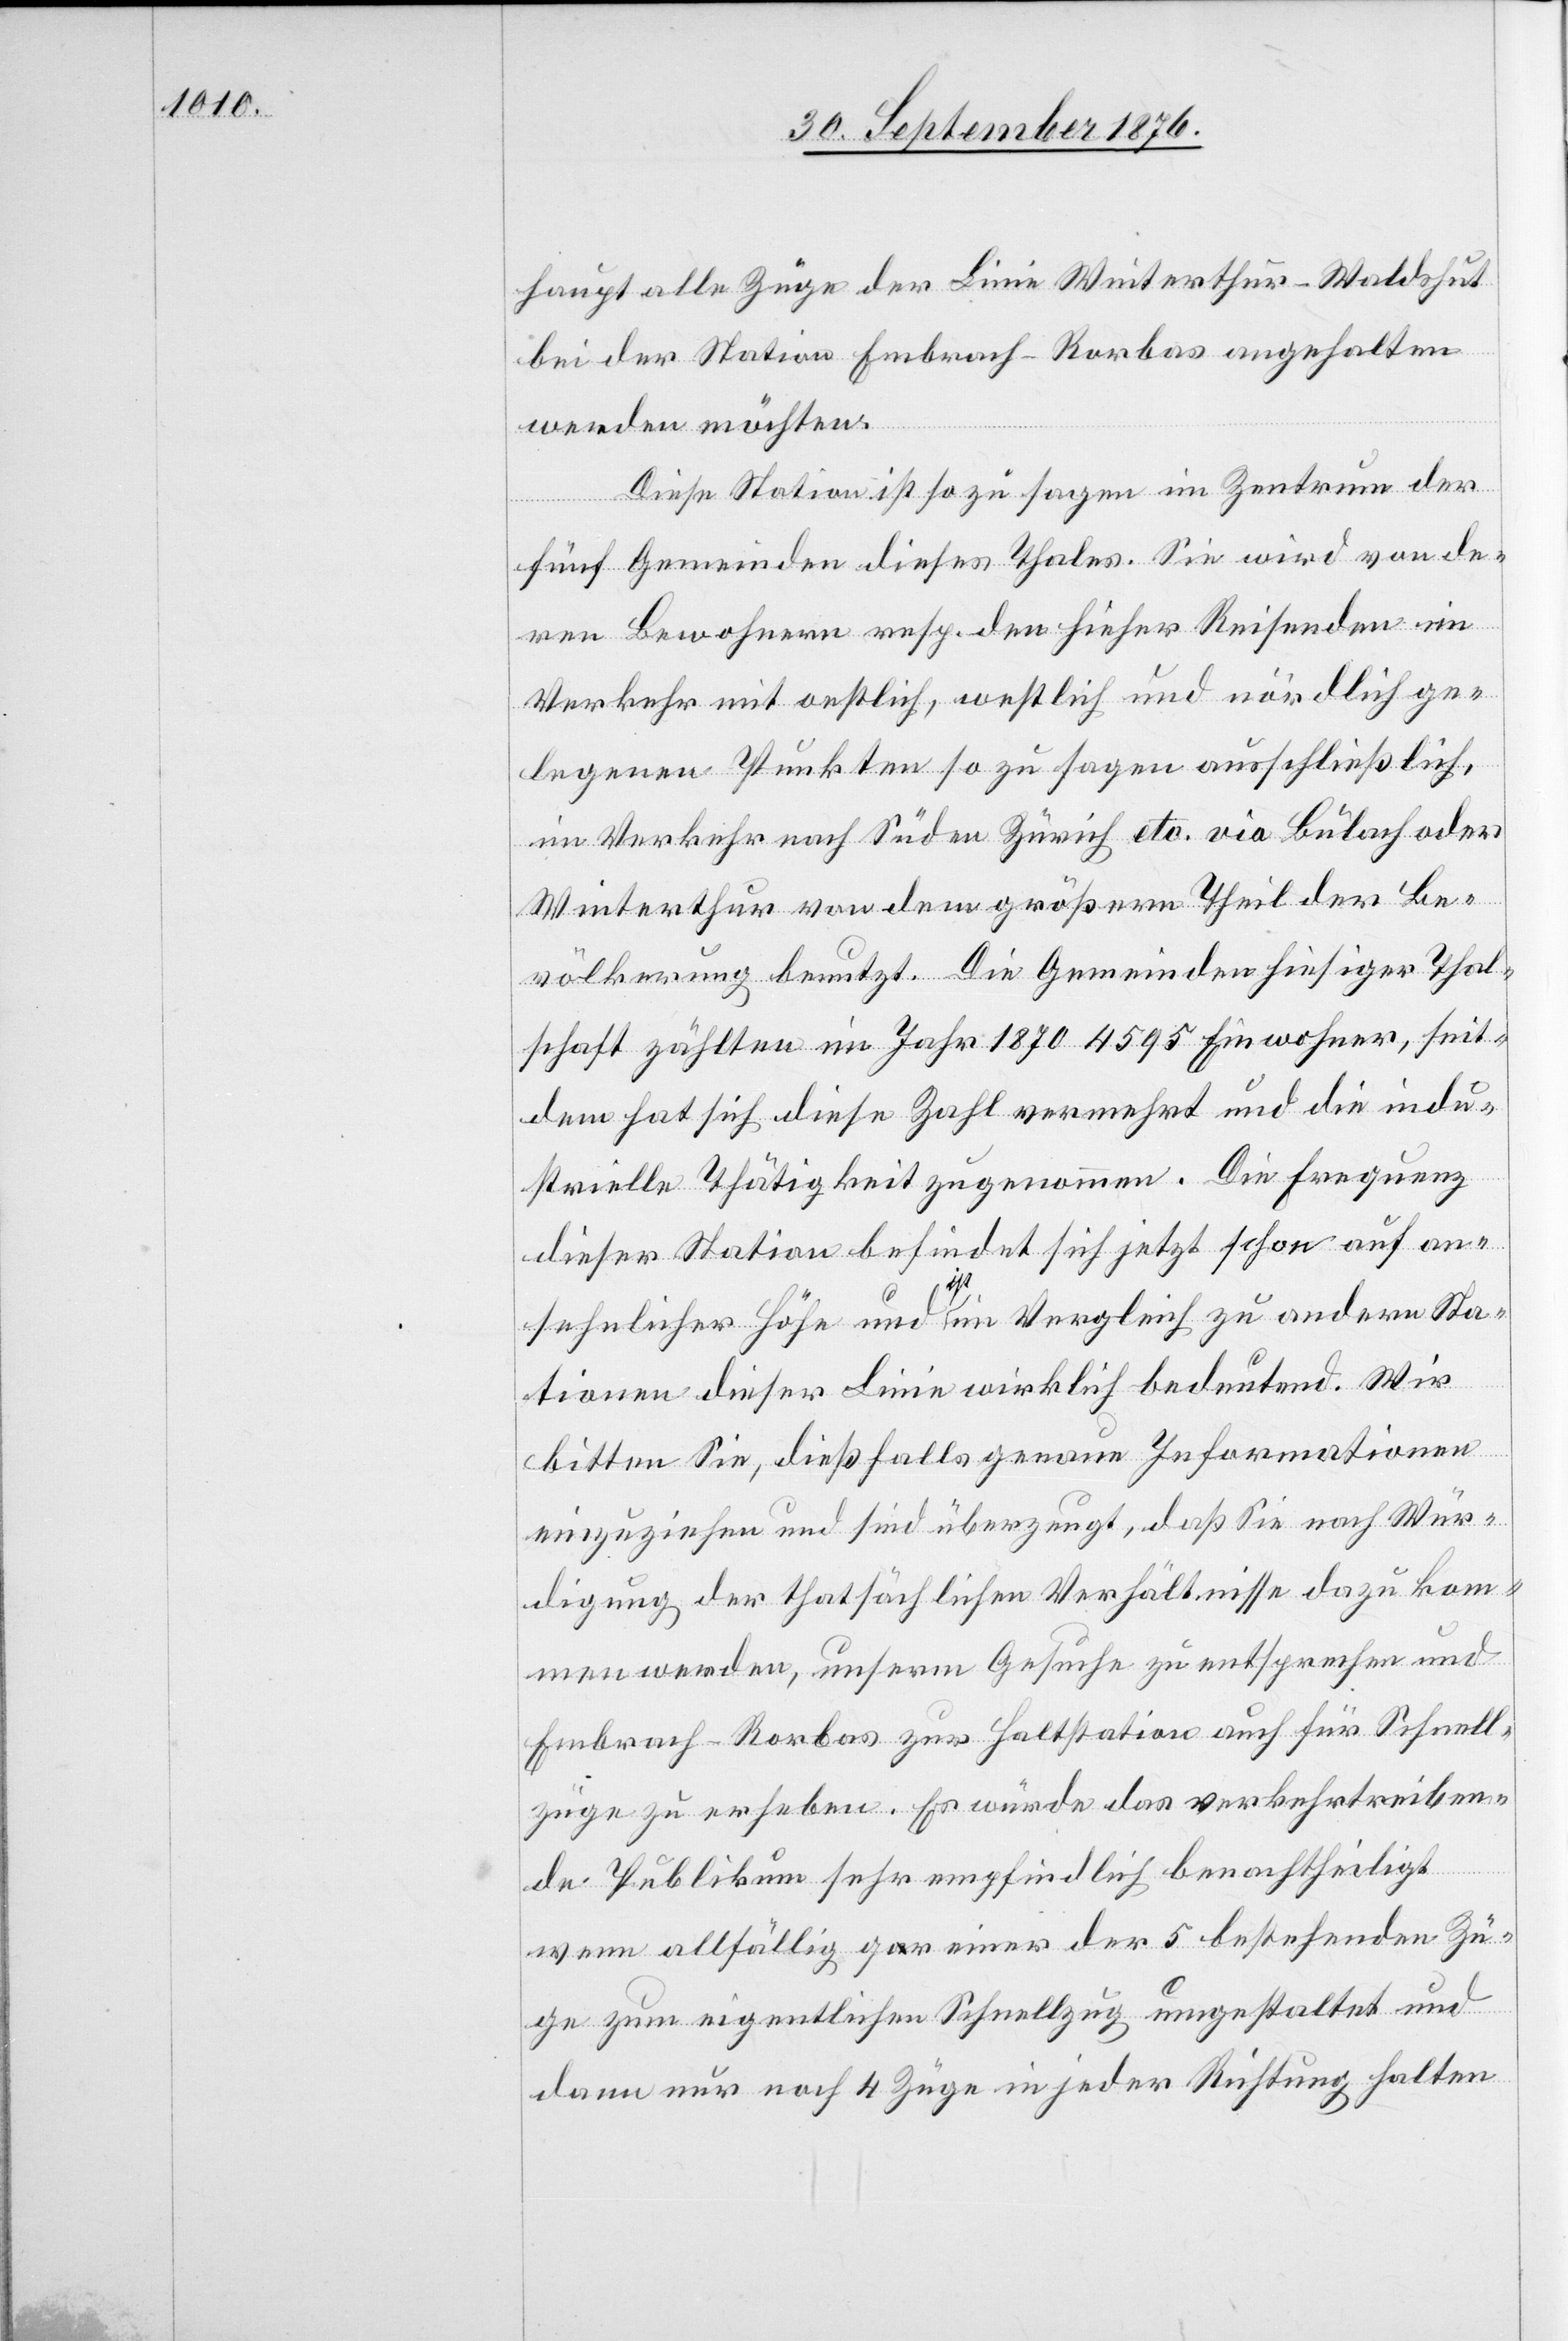
haupt alle Züge der Linie Winterthur–Waldshut
bei der Station Embrach - Rorbas angehalten
werden möchten.
Diese Station ist so zu sagen im Zentrum der
fünf Gemeinden dieses Thales. Sie wird von de¬
ren Bewohnern resp. den hieher Reisenden im
Verkehr mit oestlich, westlich und nördlich,
im Verkehr nach Süden Zürich etc. via Bülach oder
Winterthur von dem größern Theil der Be¬
völkerung benutzt. Die Gemeinden hiesiger Thal¬
schaft zählten im Jahr 1870 4595 Einwohner, seit¬
dem hat sich diese Zahl vermehrt und die indu¬
strielle Thätigkeit zugenommen. Die Frequenz
dieser Station befindet sich jetzt schon auf an¬
sehnlicher Höhe und a ist a im Vergleich zu andern Sta¬
tionen dieser Linie wirklich bedeutend. Wir
bitten Sie, dießfalls genaue Informationen
einzuziehen und sind überzeugt, daß Sie nach Wür¬
digung der thatsächlichen Verhältnisse dazu kom¬
men werden, unserm Gesuche zu entsprechen und
Embrach–Rorbas zur Haltstation auch für Schnell¬
züge zu erheben. Es würde das verkehrtreiben¬
de Publikum sehr empfindlich benachtheiligt
wenn allfällig gar einer der 5 bestehenden Zü¬
ge zum eigentlichen Schnellzug umgestaltet und
dann nur noch 4 Züge in jeder Richtung halten